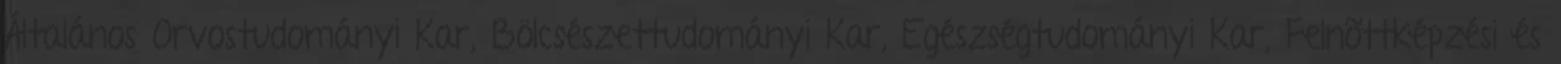
Általános Orvostudományi Kar, Bölcsészettudományi Kar, Egészségtudományi Kar, Felnõttképzési és